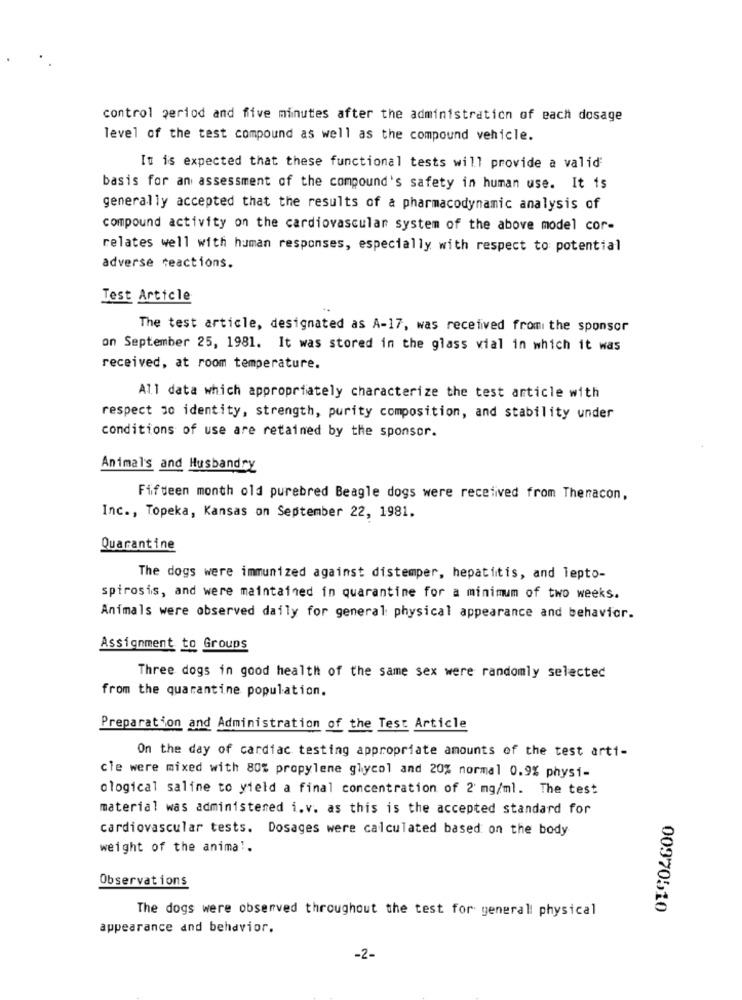
control period and five minutes after the administration of each dosage
level of the test compound as well as the compound vehicle.
It is expected that these functional tests will provide a valid
basis for an assessment of the compound's safety in human use. It is
generally accepted that the results of a pharmacodynamic analysis of
compound activity on the cardiovascular system of the above model cor-
relates well with human responses, especially with respect to potential
adverse reactions.
Test Article
The test article, designated as A-17, was received from the sponsor
on September 25, 1981. It was stored in the glass vial in which it was
received, at room temperature.
All data which appropriately characterize the test article with
respect 30 identity, strength, purity composition, and stability under
conditions of use are retained by the sponsor.
Animals and Husbandry
Fifteen month old purebred Beagle dogs were received from Theracon,
Inc ., Topeka, Kansas on September 22, 1981.
Quarantine
The dogs were immunized against distemper, hepatitis, and lepto-
spirosis, and were maintained in quarantine for a minimum of two weeks.
Animals were observed daily for general physical appearance and behavior.
Assignment to Groups
Three dogs in good health of the same sex were randomly selected
from the quarantine population.
Preparation and Administration of the Test Article
On the day of cardiac testing appropriate amounts of the test arti-
cle were mixed with 80% propylene glycol and 20% normal 0.9% physi-
ological saline to yield a final concentration of 2 mg/ml. The test
material was administered i.v. as this is the accepted standard for
cardiovascular tests. Dosages were calculated based on the body
weight of the animal.
Observations
The dogs were observed throughout the test for general physical
00970510
appearance and behavior.
-2-